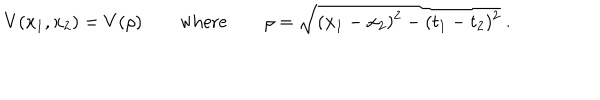
V ( x _ { 1 } , x _ { 2 } ) = V ( \rho ) \qquad \mathrm { w h e r e } \qquad \rho = \sqrt { ( { \bf x } _ { 1 } - { \bf x } _ { 2 } ) ^ { 2 } - ( t _ { 1 } - t _ { 2 } ) ^ { 2 } } \ .